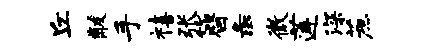
丘黻手禧张簪彘微莲深蔗